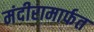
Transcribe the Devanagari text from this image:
मंदीरामार्फत